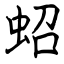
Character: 蛁